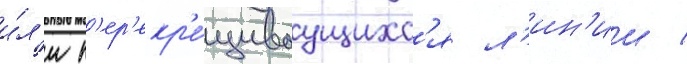
и́л'и п'ер'екр'е́щиваущихс'я л'ин'ии /